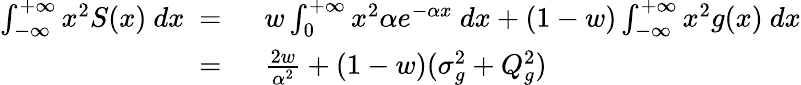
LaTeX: \begin{array}{rl}{\int_{-\infty}^{+\infty}x^{2}S(x)\ dx\ =\ }&{w\int_{0}^{+\infty}x^{2}\alpha e^{-\alpha x}\ dx+(1-w)\int_{-\infty}^{+\infty}x^{2}g(x)\ dx}\\ {\ =\ }&{\frac{2w}{\alpha^{2}}+(1-w)(\sigma_{g}^{2}+Q_{g}^{2})}\end{array}